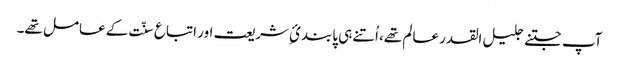
آپ جتنے جلیل القدر عالم تھے، اُتنے ہی پابندئِ شریعت اور اتباع سنّت کے عامل تھے۔